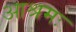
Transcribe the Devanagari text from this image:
आश्रमः